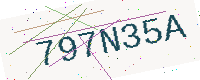
Text: 797N35A